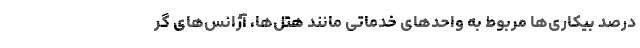
درصد بیکاری‌ها مربوط به واحدهای خدماتی مانند هتل‌ها، آژانس‌های گر